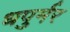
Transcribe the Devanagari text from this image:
धपुर्मर